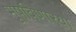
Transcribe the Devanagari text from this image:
भूषविणार्‍या